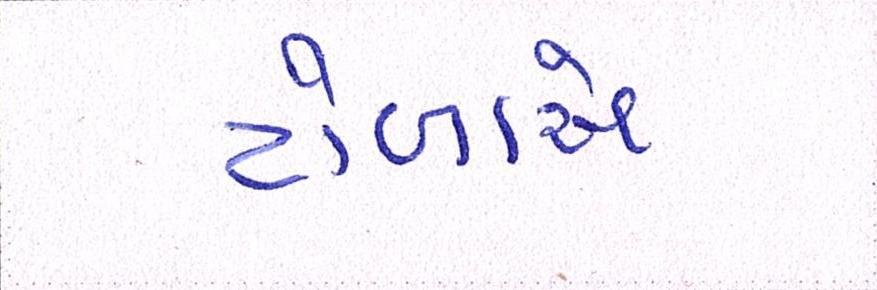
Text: ટોળાંએ